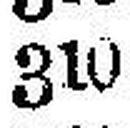
310